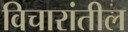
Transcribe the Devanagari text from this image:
विचारांतील